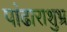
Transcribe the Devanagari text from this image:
पांढाराशुभ्र